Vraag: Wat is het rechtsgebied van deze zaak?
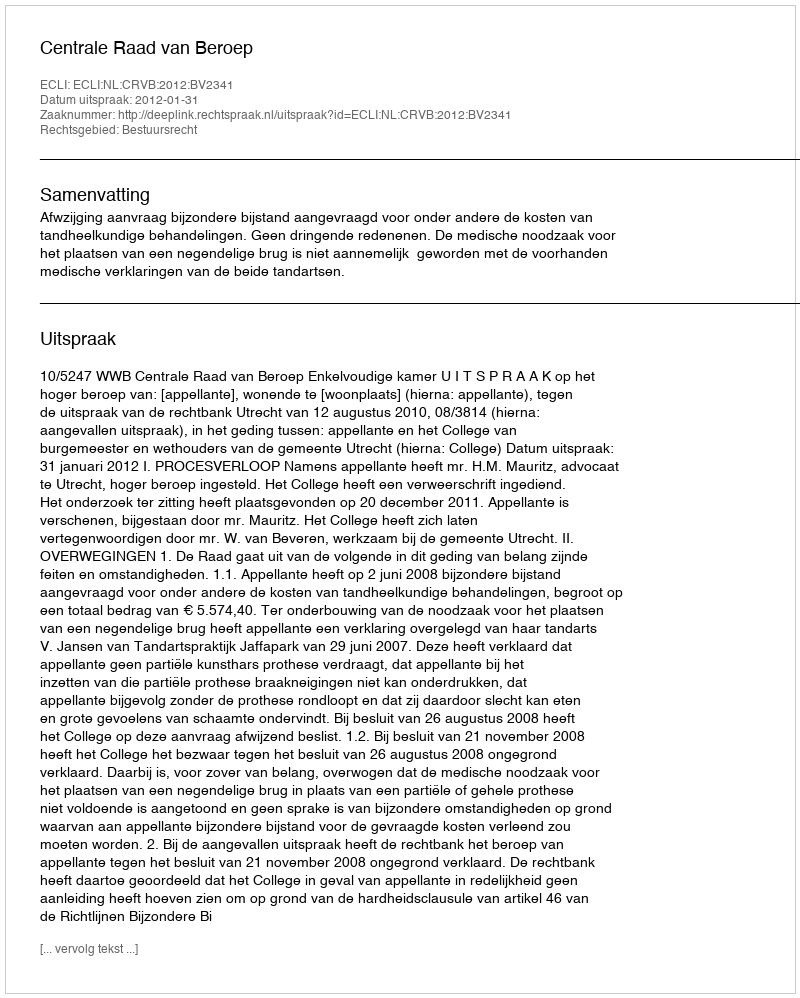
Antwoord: Bestuursrecht